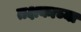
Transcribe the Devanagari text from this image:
तक्षकाच्या